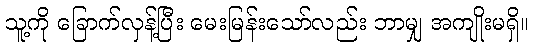
သူ့ကို ခြောက်လှန့်ပြီး မေးမြန်းသော်လည်း ဘာမျှ အကျိုးမရှိ။